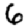
Digit: 6